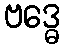
ဗဒ္ဓေ